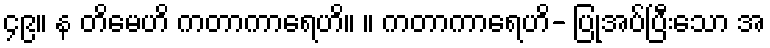
၄၉။ န တိမေဟိ ကတာကာရေဟိ။ ။ ကတာကာရေဟိ- ပြုအပ်ပြီးသော အ